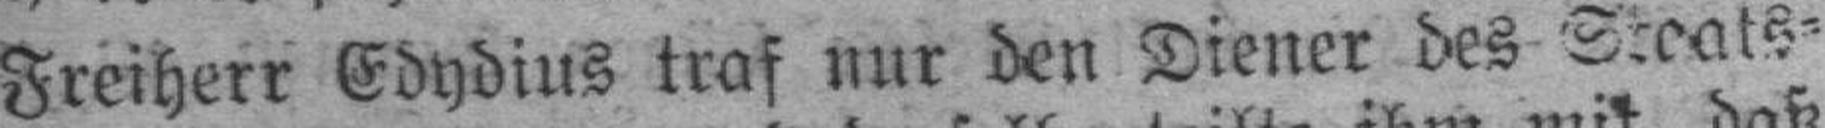
Freiherr Edydius traf nur den Diener des Staats¬